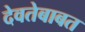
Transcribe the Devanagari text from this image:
देवतेबाबत